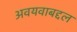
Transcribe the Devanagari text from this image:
अवयवाबद्दल